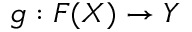
g : F ( X ) \to Y